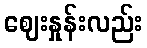
ဈေးနှုန်းလည်း